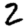
Digit: 2